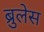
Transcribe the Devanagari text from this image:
ब्रुलेस